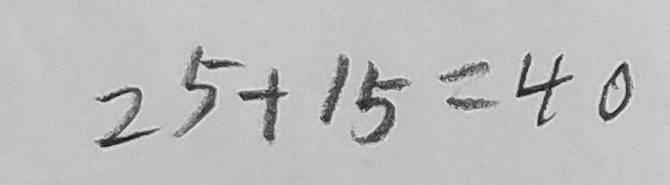
2 5 + 1 5 = 4 0